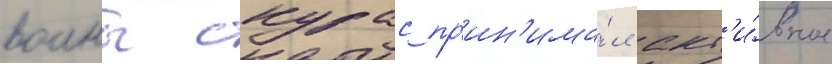
воины скурас пр'ин'има́л акт'и́вное